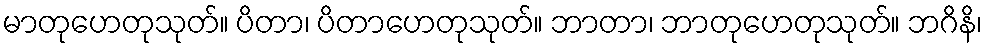
မာတုဟေတုသုတ်။ ပိတာ၊ ပိတာဟေတုသုတ်။ ဘာတာ၊ ဘာတုဟေတုသုတ်။ ဘဂိနိ၊